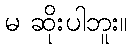
မ ဆိုးပါဘူး။